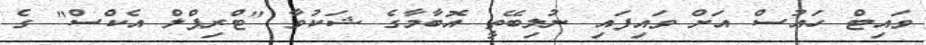
ވައިޓް ހައުސް އަށް ވައިފައި ނުލިބޭތީ އޮބާމާގެ ޝަކުވާ "ޓްރިޕްލް އެކްސް" ގެ